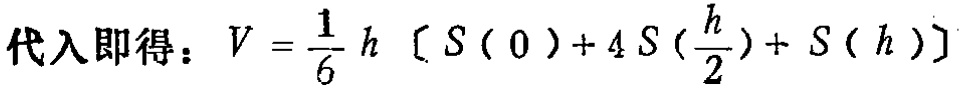
代入即得：\(V = \frac{1}{6} h \left[ S ( 0 ) + 4 S \left( \frac{h}{2} \right) + S ( h ) \right]\)